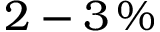
2 - 3 \, \%